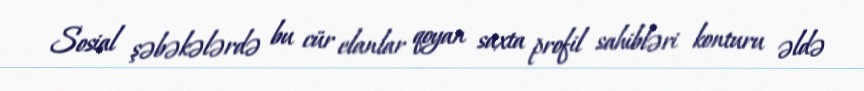
Sosial şəbəkələrdə bu cür elanlar qoyan saxta profil sahibləri konturu əldə